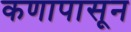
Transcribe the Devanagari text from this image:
कणापासून